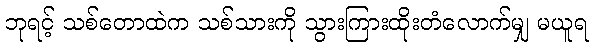
ဘုရင့် သစ်တောထဲက သစ်သားကို သွားကြားထိုးတံလောက်မျှ မယူရ